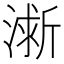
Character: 𪷀